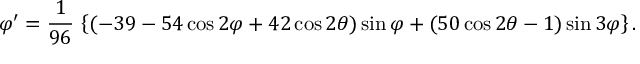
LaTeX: \varphi ^ { \prime } = { \frac { 1 } { 9 6 } } \, \left\{ ( - 3 9 - 5 4 \cos 2 \varphi + 4 2 \cos 2 \theta ) \sin \varphi + ( 5 0 \cos 2 \theta - 1 ) \sin 3 \varphi \right\} .